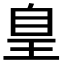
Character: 𦤃